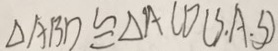
\Delta A B D \cong \Delta A C D ( S A . S )